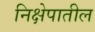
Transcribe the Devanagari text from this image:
निक्षेपातील